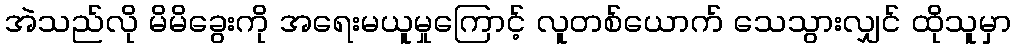
အဲသည်လို မိမိခွေးကို အရေးမယူမှုကြောင့် လူတစ်ယောက် သေသွားလျှင် ထိုသူမှာ